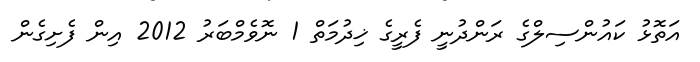
އަތޮޅު ކައުންސިލްގެ ރަންދުނީ ފެރީގެ ޚިދުމަތް 1 ނޮވެމްބަރު 2012 އިން ފެށިގެން